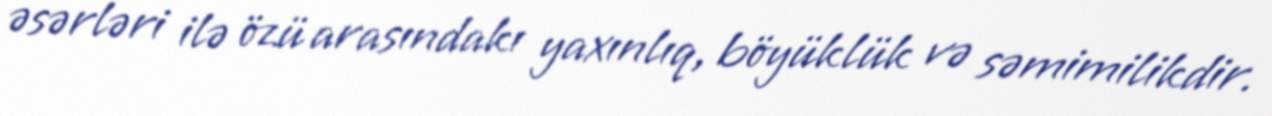
əsərləri ilə özü arasındakı yaxınlıq, böyüklük və səmimilikdir.